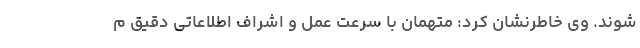
شوند. وی خاطرنشان کرد: متهمان با سرعت عمل و اشراف اطلاعاتی دقیق م